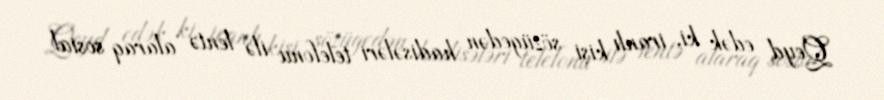
Qeyd edək ki, iranlı kişi sözügedən hadisələri telefonu ilə lentə alaraq sosial